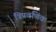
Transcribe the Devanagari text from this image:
त्रिप्रवणिक